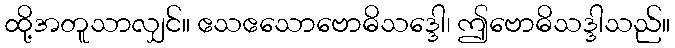
ထို့အတူသာလျှင်။ ဧသဧသောဗောဓိသဒ္ဒေါ၊ ဤဗောဓိသဒ္ဒါသည်။